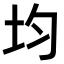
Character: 均